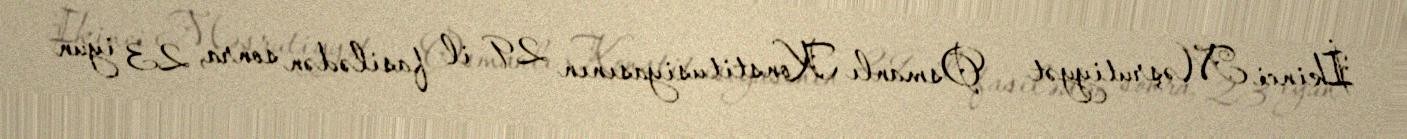
İkinci Məşrutiyyət — Osmanlı Konstitusiyasının 29 il fasilədən sonra, 23 iyun